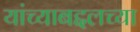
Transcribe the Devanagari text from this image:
यांच्याबद्दलच्या